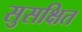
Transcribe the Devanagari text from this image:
सुसक्षित